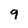
Character: 9